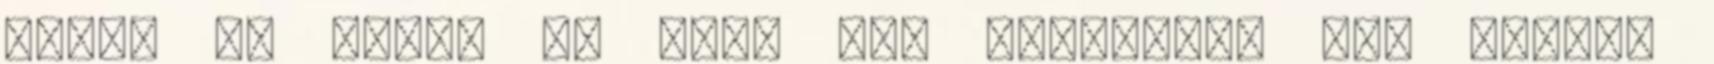
akkor is talán az első aki egyátalán nem illett